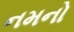
નમનો